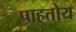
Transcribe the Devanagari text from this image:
पाहतोय